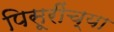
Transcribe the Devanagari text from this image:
पिसूरींच्या